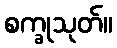
စက္ခုသုတ်။